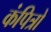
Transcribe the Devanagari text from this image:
कंपित्रों